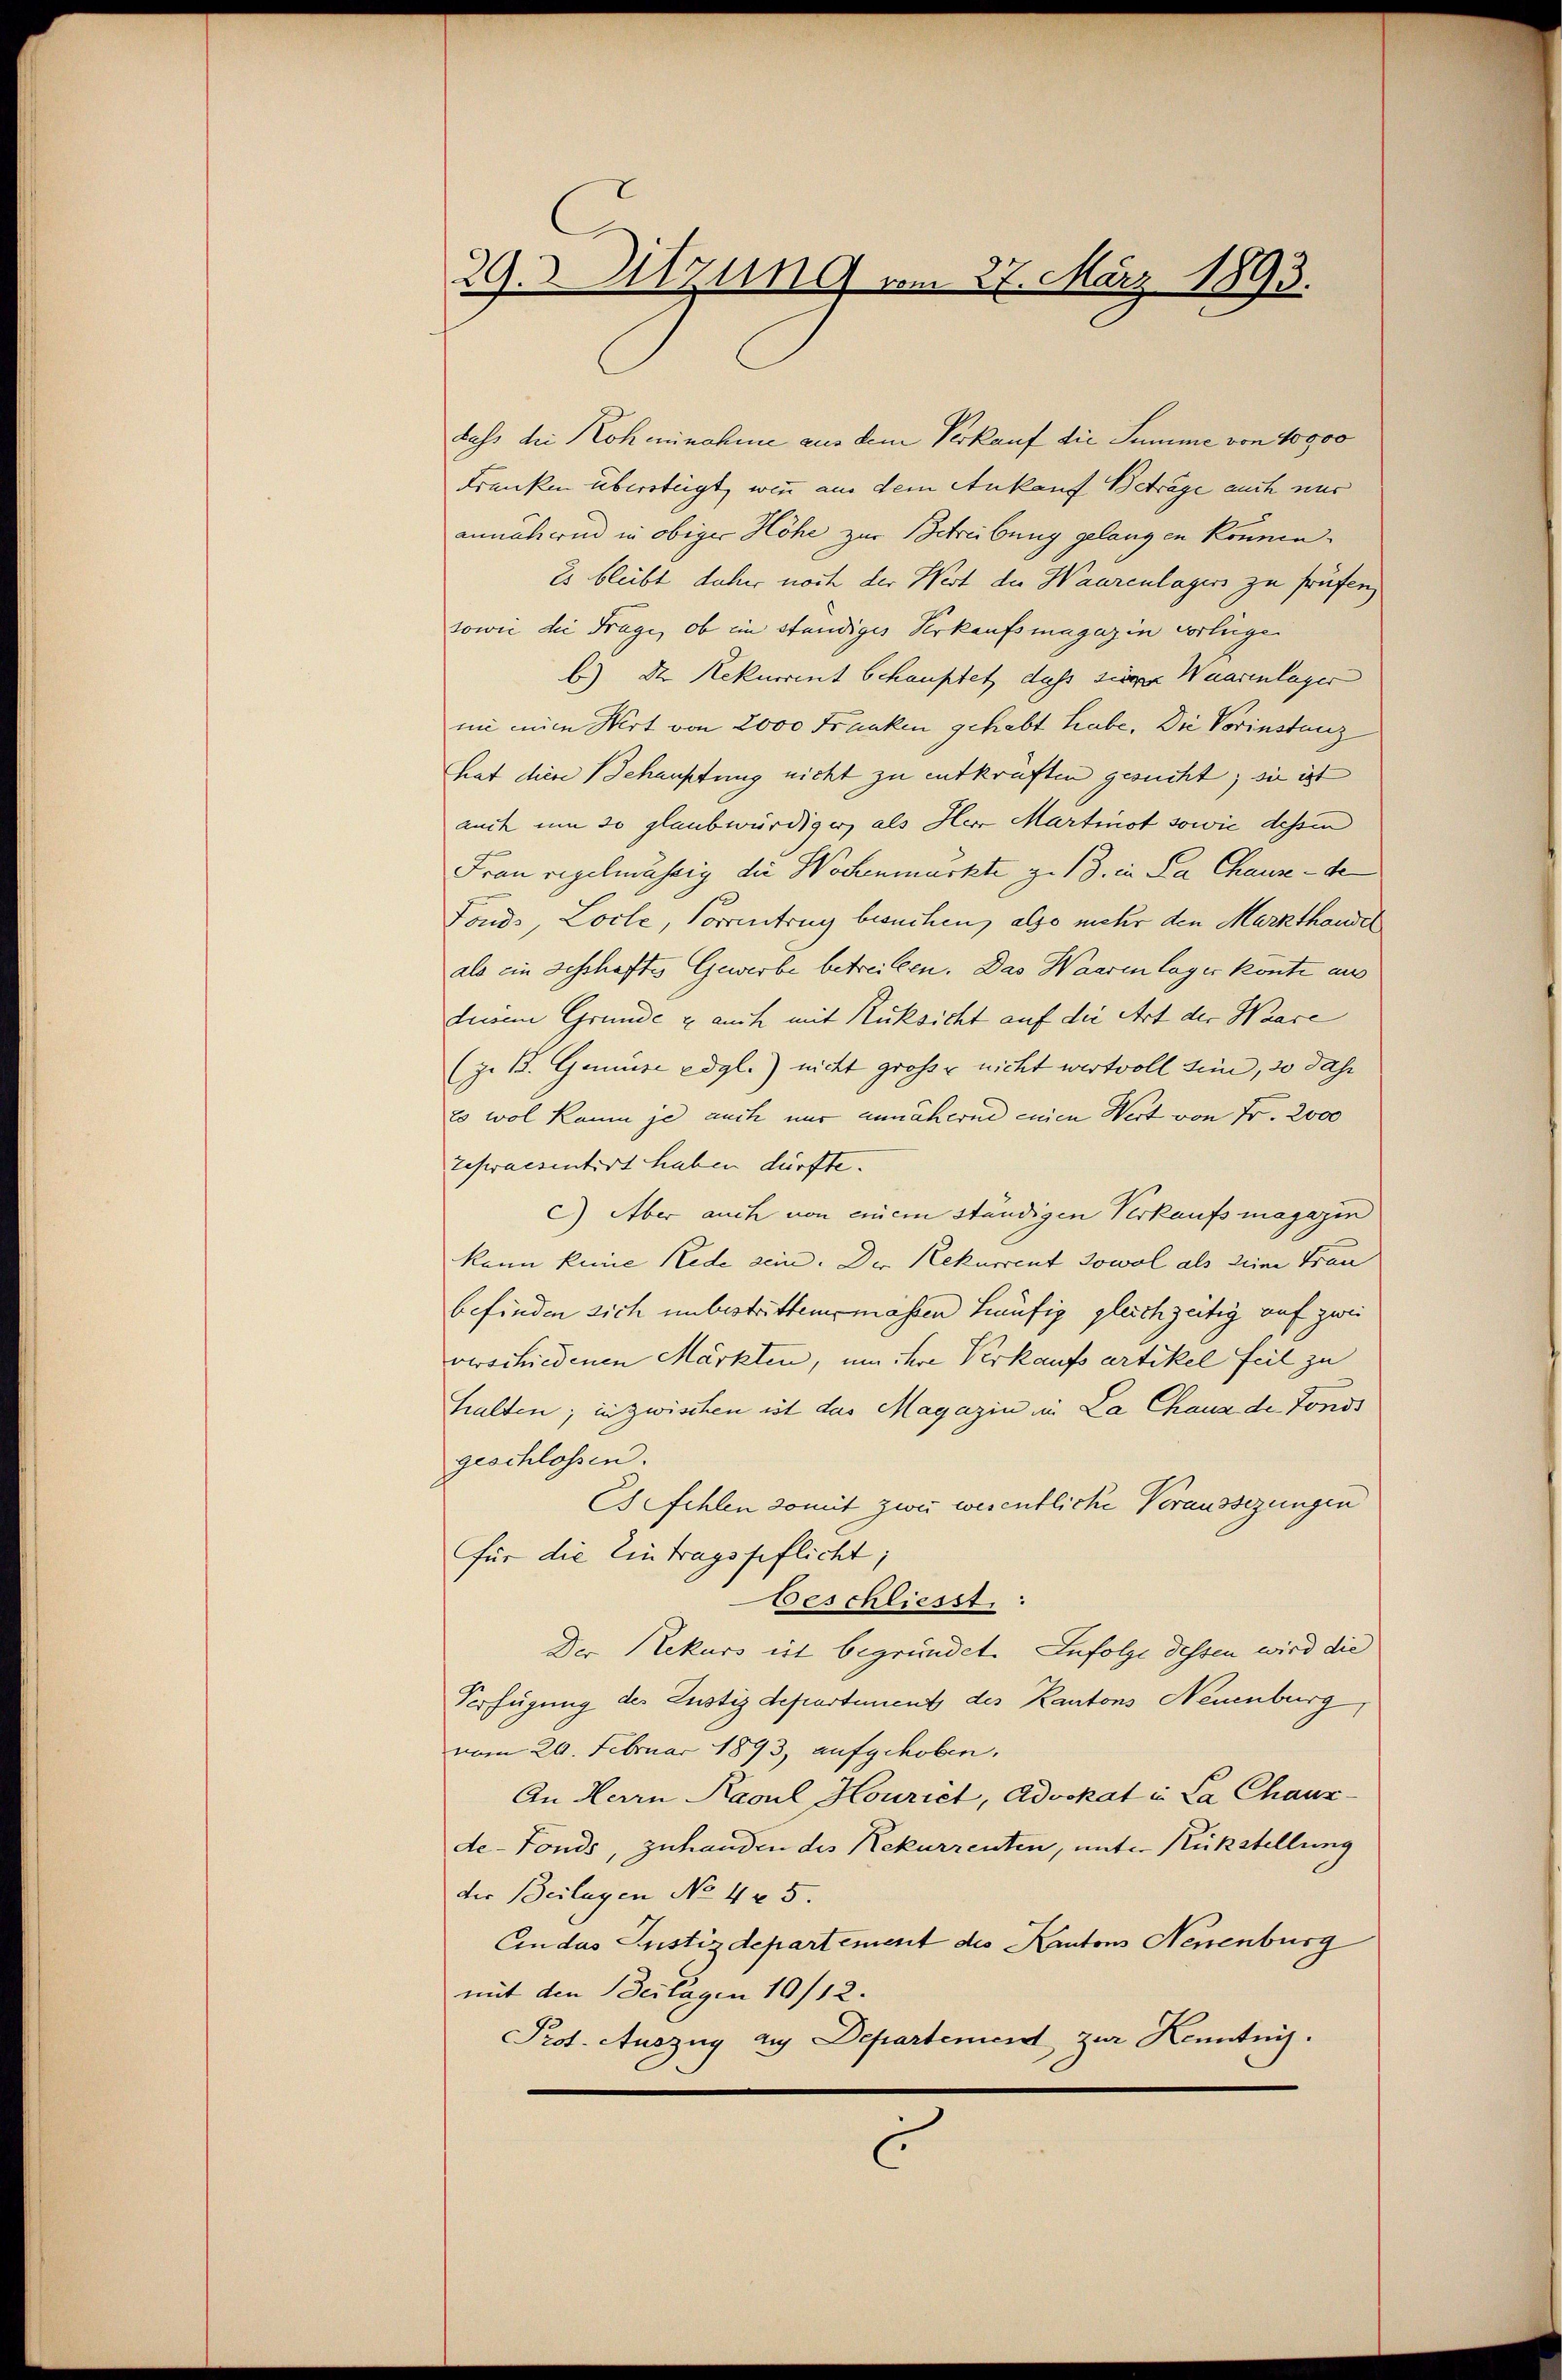
29.Utzung vom 27. März 1893.

dass die Koheinahme aus dem Verkauf die Summe von 10000
Franken übersteigt, wenn aus dem Ankauf Beträge auch nur
annähernd in obiger Höhe zur Betreibung gelangen können.
Es bleibt daher noch der Wert die Waarenlagers zu früfen.
sowie die Frage, ob im ständiges Verkaufsmagazin vorliege
b) D. Rekurrent Schauptet, dass siver Waarenlager
ni mine Art von 2000 Franken gehabt habe, Die Vorinstanz
hat diese Behauptung nicht zu entkräften gesucht; sie ist
auch um so glaubwürdiger, als Herr Martinot sowie dessen
Frau regelmässig die Wochenmarkte ge 13. in La Chause - de
Fonds, Loche, Vorrentrug besuchen, also mehr den Markthander
als ein geschaftes Gewerbe betreiten. Das Waaren lager könte aus
diesem Grunde & auch mit Rücksicht auf die Art der Haace
(z. B. Genusse edgl.) nicht grosse nicht wertvoll sein, so dass
es wol kaum je auch nur annäherne einen Wert von Fr. 2000
zepraesentirt haben dürfte.
c) Aber auch von einem ständigen Verkaufs magazin
kann keine Rede sein. Der Rekurrent sowol als seine Frau
befinden sich unbestrittenmassen häufig gleichzeitig auf zwei
verschiedenen Märkten, um ihre Verkaufs artikel feil zu
halten; inzwischen ist das Magazin in La Chaus der Fonds
geschlossen.
Csfehlen somit zwei wesentliche Veraussezungen
für die Eintragspflicht;
beschliesst:
Der Rekurs ist begründet. Infolge dessen wird die
Verfügung des Lustizdepartement des Kantons Neuenburg
vom 20. Februar 1893, aufgehoben.
An Herrn Kasul Houriet, Advokat in La Chaux-
de-Fonds, zuhanden des Rekurrenten, unter Rückstellung
der Beilagen No 425.
Ein das Justizdepartement des Kantons Neuenburg
mit den Beilagen 10/12.
Prof. Auszug aus Departement zur Kenntnis.
C